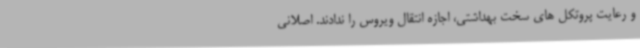
و رعایت پروتکل های سخت بهداشتی، اجازه انتقال ویروس را ندادند. اصلانی